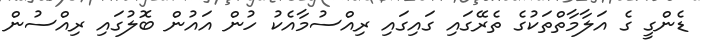
ޑެންގީ ގެ އަލާމާތްތަކުގެ ތެރޭގައި ގައިގައި ރިއްސުމާއެކު ހުން އައުން ބޮލުގައި ރިއްސުން